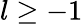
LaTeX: l\ge-1